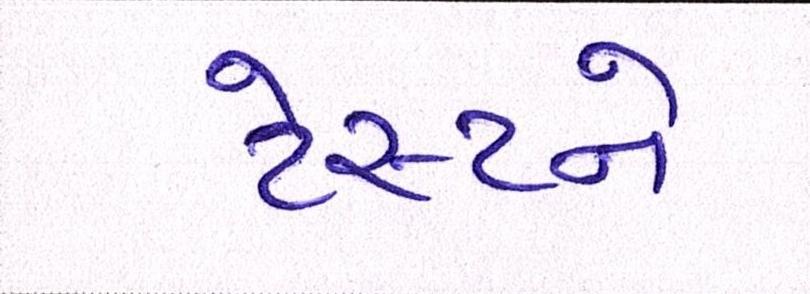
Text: ટેસ્ટને